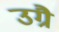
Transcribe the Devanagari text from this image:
उग्रै